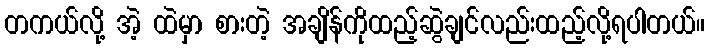
တကယ်လို့ အဲ့ ထဲမှာ စားတဲ့ အချိန်ကိုထည့်ဆွဲချင်လည်းထည့်လို့ရပါတယ်။